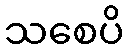
သစေပိ